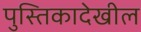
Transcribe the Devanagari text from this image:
पुस्तिकादेखील